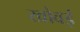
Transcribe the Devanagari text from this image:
खोवई